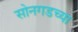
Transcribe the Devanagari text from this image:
सोनगडच्या